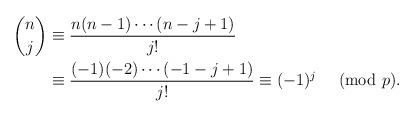
LaTeX: \begin{align*}\binom{n}{j} &\equiv\frac{n(n-1)\cdots (n-j+1)}{j!}\\&\equiv \frac{(-1)(-2)\cdots (-1-j+1)}{j!}\equiv (-1)^j\ \pmod p.\end{align*}